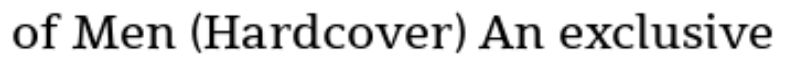
of Men (Hardcover) An exclusive